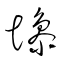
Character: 慘